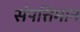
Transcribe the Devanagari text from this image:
संपत्तिमान